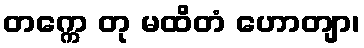
တက္ကေ တု မထိတံ ဟောတျာ၊